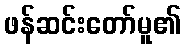
ဖန်ဆင်းတော်မူ၏